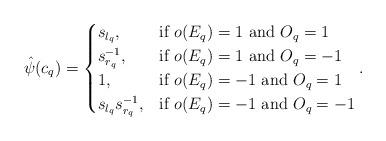
LaTeX: \begin{align*}\hat\psi(c_q)=\begin{cases}s_{l_q},&\textrm{if } o(E_q)=1\textrm{ and } O_q=1\\s_{r_q}^{-1},&\textrm{if } o(E_q)=1\textrm{ and } O_q=-1\\1,&\textrm{if } o(E_q)=-1\textrm{ and } O_q=1\\s_{l_q}s_{r_q}^{-1},&\textrm{if } o(E_q)=-1\textrm{ and } O_q=-1\\\end{cases}.\end{align*}